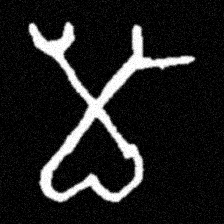
Pyu character \u2014 Myanmar letter: မ (romanized: ma)